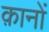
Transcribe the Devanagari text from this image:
क़ानों